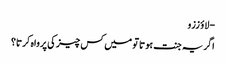
- لاؤ ززو
اگر یہ جنت ہوتا تو میں کس چیز کی پرواہ کرتا؟